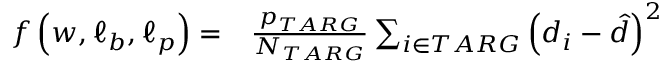
\begin{array} { r l } { f \left( \boldsymbol { w } , \boldsymbol { \ell _ { b } } , \boldsymbol { \ell _ { p } } \right) = } & { { } \frac { p _ { T A R G } } { N _ { T A R G } } \sum _ { i \in T A R G } \left( d _ { i } - \hat { d } \right) ^ { 2 } } \end{array}